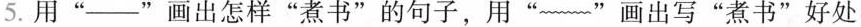
5.用”＿＿＿”画出怎样”煮书”的句子，用”~”画出写”煮书”好处